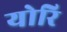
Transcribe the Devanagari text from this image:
योरि